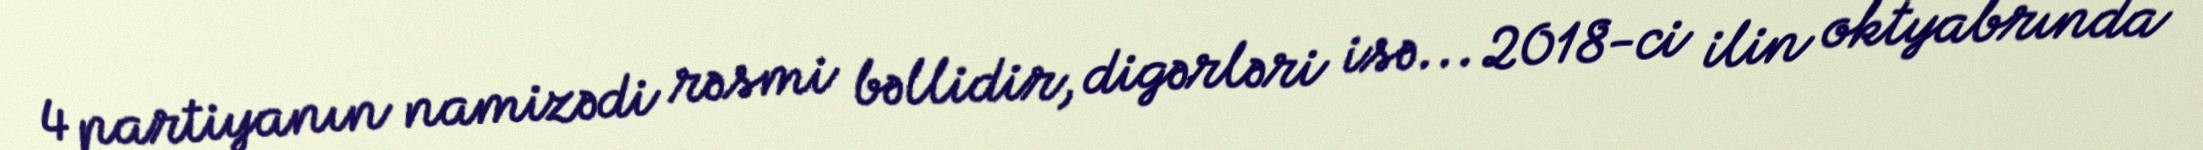
4 partiyanın namizədi rəsmi bəllidir, digərləri isə... 2018-ci ilin oktyabrında